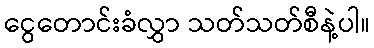
ငွေတောင်းခံလွှာ သတ်သတ်စီနဲ့ပါ။